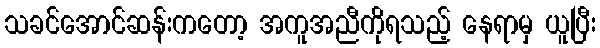
သခင်အောင်ဆန်းကတော့ အကူအညီကိုရသည့် နေရာမှ ယူပြီး